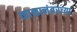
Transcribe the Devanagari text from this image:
काळानंतरच्या